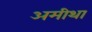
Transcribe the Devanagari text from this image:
अमीथा